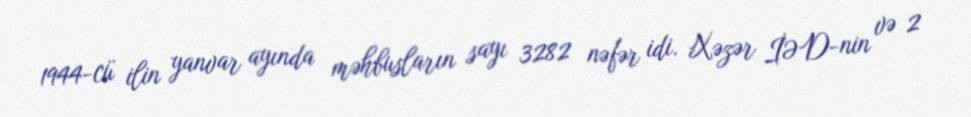
1944-cü ilin yanvar ayında məhbusların sayı 3282 nəfər idi. Xəzər İƏD-nin və 2